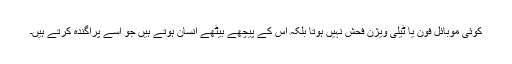
کوئی موبائل فون یا ٹیلی ویژن فحش نہیں ہوتا بلکہ اس کے پیچھے بیٹھے انسان ہوتے ہیں جو اسے پراگندہ کرتے ہیں۔